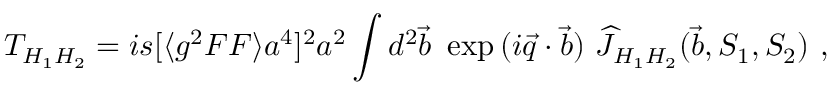
T _ { H _ { 1 } H _ { 2 } } = i s [ \langle g ^ { 2 } F F \rangle a ^ { 4 } ] ^ { 2 } a ^ { 2 } \int d ^ { 2 } \vec { b } ~ \exp { ( i \vec { q } \cdot \vec { b } ) } ~ \widehat J _ { H _ { 1 } H _ { 2 } } ( \vec { b } , S _ { 1 } , S _ { 2 } ) ~ ,